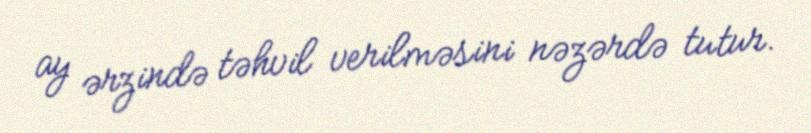
ay ərzində təhvil verilməsini nəzərdə tutur.